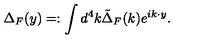
\Delta _ { F } ( y ) = : \int d ^ { 4 } k \tilde { \Delta } _ { F } ( k ) e ^ { i k \cdot y } .